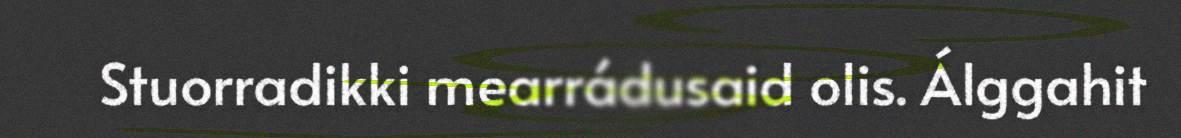
Stuorradikki mearrádusaid olis. Álggahit